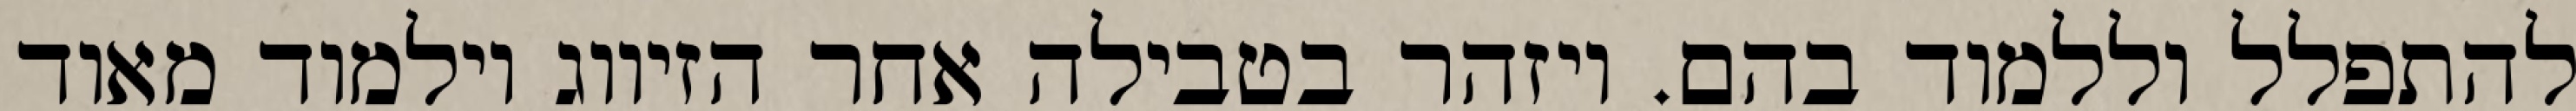
להתפלל וללמוד בהם. ויזהר בטבילה אחר הזיווג וילמוד מאוד